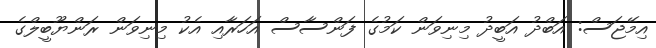
އިމޭޖަސް: އަބްދު އަބީދު މިނިވަން ކަމުގެ ފަންސާސް އަހަރާއި އެކު މިނިވަން ރަންޔޫބީލްގެ